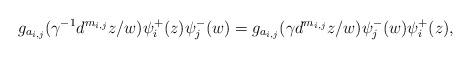
LaTeX: \begin{align*} g_{a_{i,j}}(\gamma^{-1}d^{m_{i,j}}z/w)\psi_i^+(z)\psi_j^-(w)=g_{a_{i,j}}(\gamma d^{m_{i,j}}z/w)\psi_j^-(w)\psi_i^+(z),\end{align*}